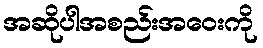
အဆိုပါအစည်းအဝေးကို